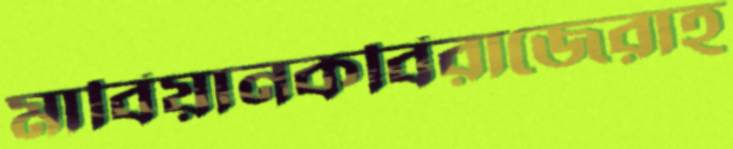
মাবিয়ানকবিরাজেরাহ